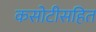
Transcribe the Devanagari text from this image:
कसोटीसहित